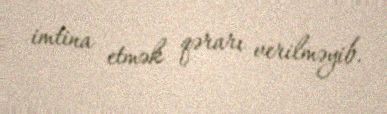
imtina etmək qərarı verilməyib.